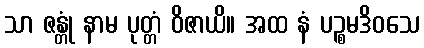
သာ ဇန္တုံ နာမ ပုတ္တံ ဝိဇာယိ။ အထ နံ ပဉ္စမဒိဝသေ